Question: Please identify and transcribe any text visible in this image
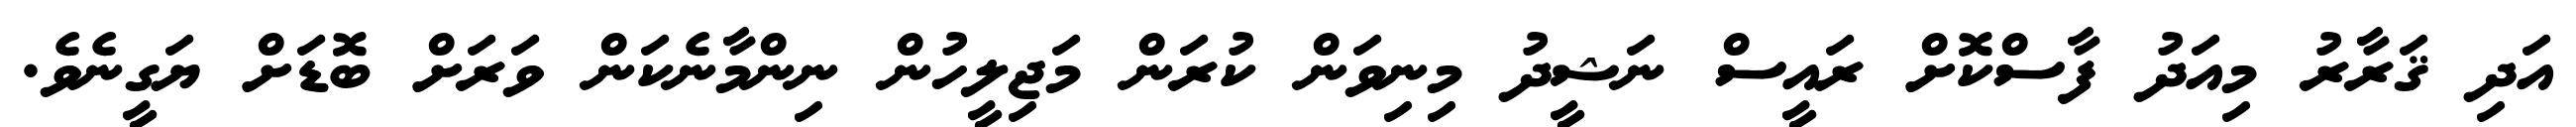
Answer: އަދި ޤަރާރު މިއަދު ފާސްކޮށް ރައީސް ނަޝީދު މިނިވަން ކުރަން މަޖިލީހުން ނިންމާނެކަން ވަރަށް ބޮޑަށް ޔަގީނެވެ.